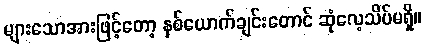
များသောအားဖြင့်တော့ နှစ်ယောက်ချင်းတောင် ဆုံလေ့သိပ်မရှိ။